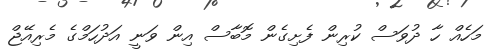
މަހެއް ހާ ދުވަސް ކުރިން ފެށިގެން މޮބާސް އިން ވަނީ އަދުހަމްގެ މެރިއޭޖް